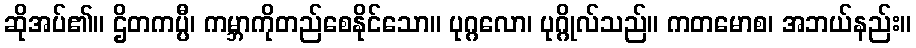
ဆိုအပ်၏။ ဌိတကပ္ပီ၊ ကမ္ဘာကိုတည်စေနိုင်သော။ ပုဂ္ဂလော၊ ပုဂ္ဂိုလ်သည်။ ကတမောစ၊ အဘယ်နည်း။